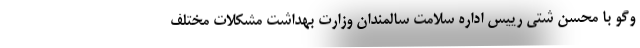
وگو با محسن شتی رییس اداره سلامت سالمندان وزارت بهداشت مشکلات مختلف